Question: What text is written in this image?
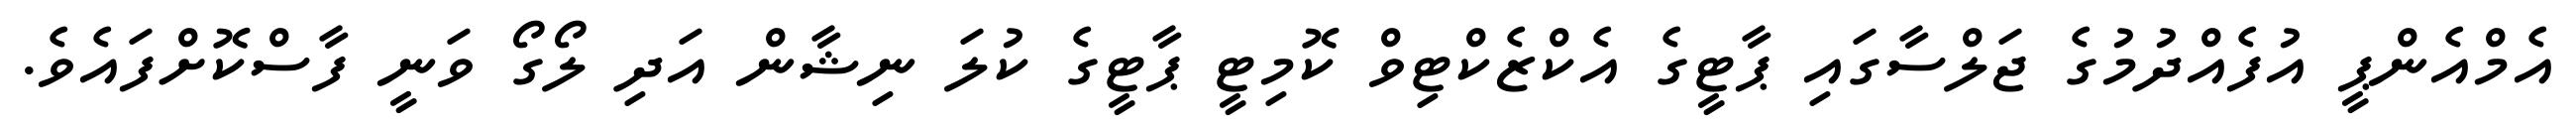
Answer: އެމްއެންޕީ އުފެއްދުމުގެ ޖަލްސާގައި ޕާޓީގެ އެކްޒެކްޓިވް ކޮމިޓީ ޕާޓީގެ ކުލަ ނިޝާން އަދި ލޯގޯ ވަނީ ފާސްކޮށްފައެވެ.